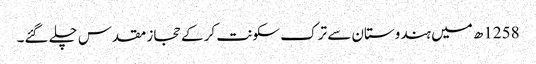
1258ھ میں ہندوستان سے ترک سکونت کر کے حجاز مقدس چلے گئے۔